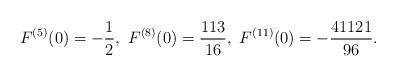
LaTeX: \begin{align*}F^{(5)}(0)=-\frac{1}{2},\ F^{(8)}(0)=\frac{113}{16},\ F^{(11)}(0)=-\frac{41121}{96}.\end{align*}